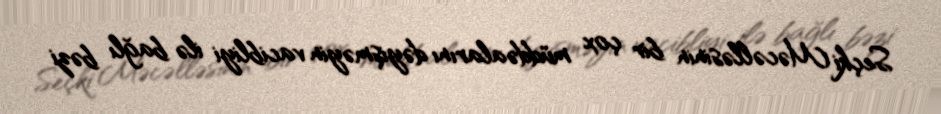
Seçki Məcəlləsinin bir çox müddəalarını dəyişməyin vacibliyi ilə bağlı bəzi